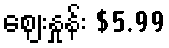
ဈေးနှုန်း $5.99